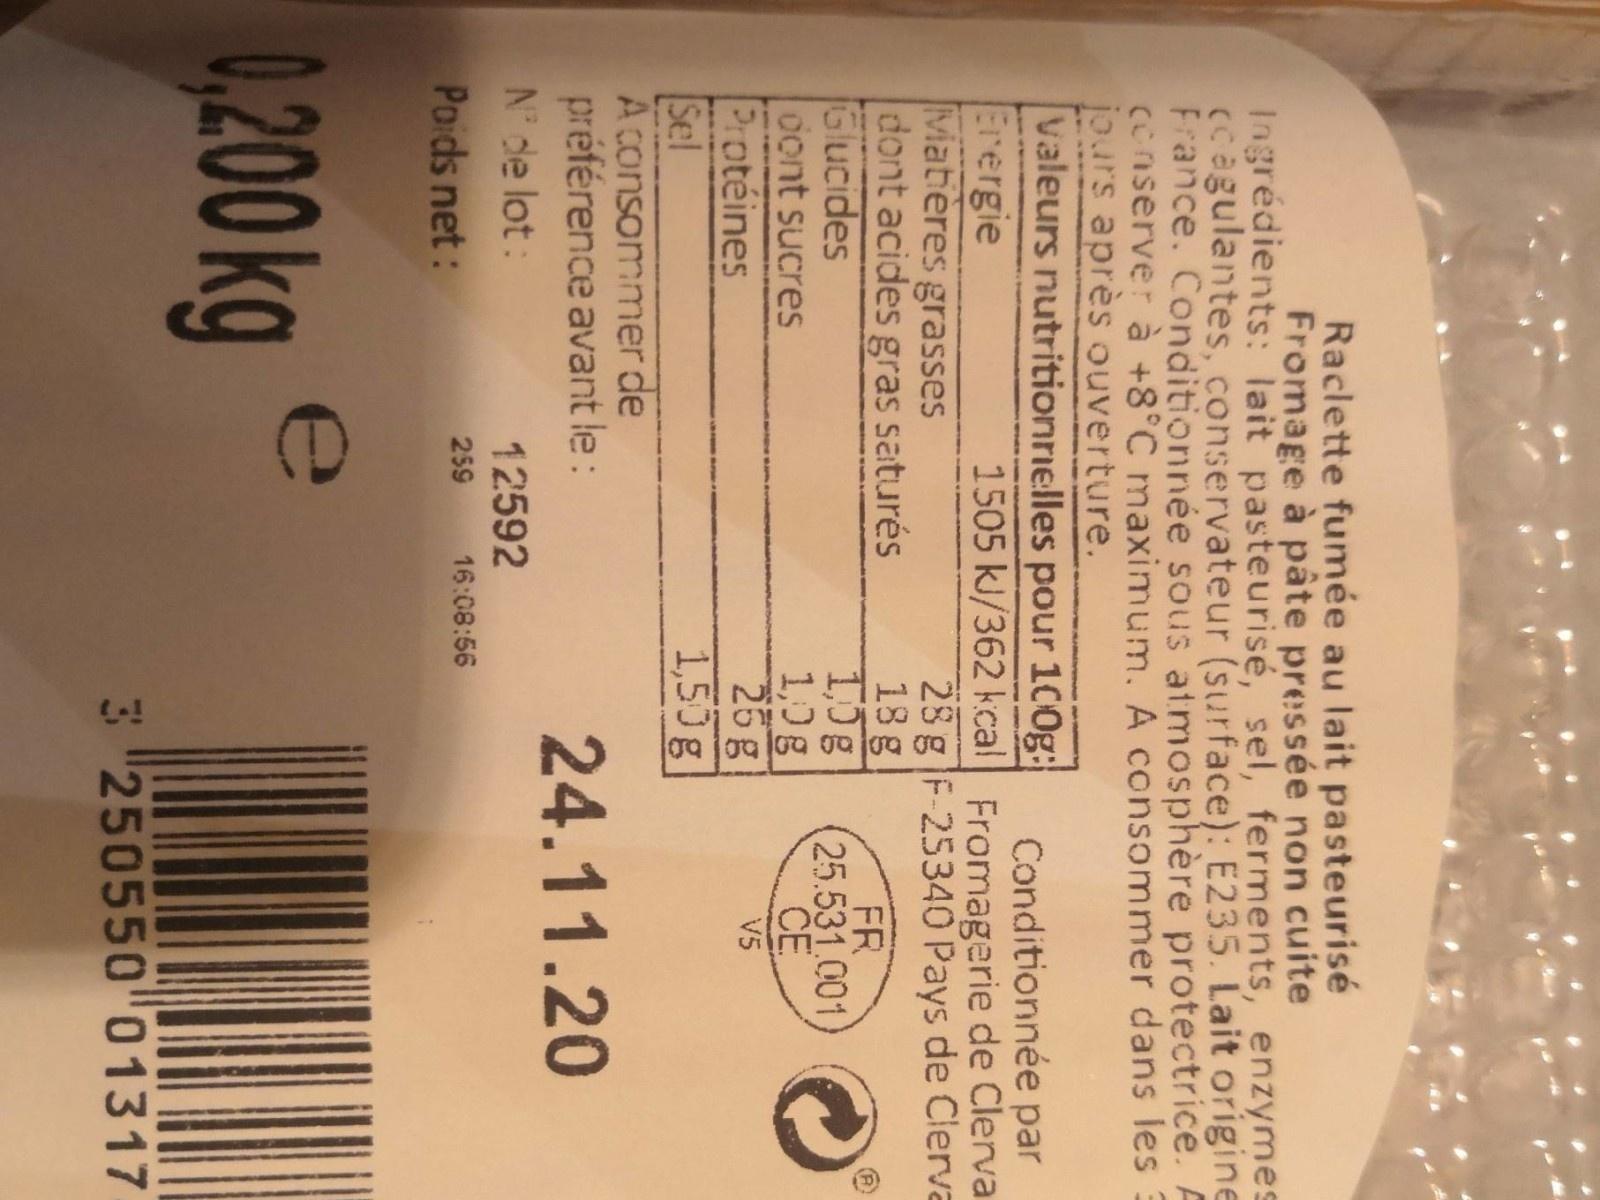
Raclette fumée au lait pasteurisé Fromage à pâte pressée non cuite
Ingrédients: lait pasteurisé, sel, ferments, enzymes ccagulantes, conservateur (surface): E235. Lait origine France. Conditionnée sous atmosphère protectrice. A conserver à +8°C maximum. A consommer dans les jours après ouverture. Valeurs nutritionrielles pour 100g:
Conditionnée par 1505 kJ/362 kcal Fromagerie de Clerva
Erergie Matières grasses dont acides gras saturés Glucides dont sucres Protéines
28 g F-25340 Pays de Clerva 18 g 1,0g 1,0g 25g 1,50g
FR 25.531.001 ČE
V5
Sel A consommer de
préférence avant le:
24.11.20
N' de lot:
12592
259 16:08:56
Poids net:
e
0,200kg
3 250550 01317